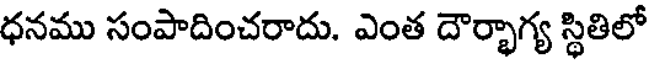
ధనము సంపాదించరాదు. ఎంత దౌర్భాగ్య స్థితిలో